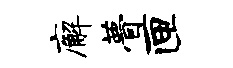
廨瞢匣